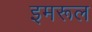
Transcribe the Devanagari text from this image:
इमरूल